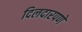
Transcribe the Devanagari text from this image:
दिलदारपणे